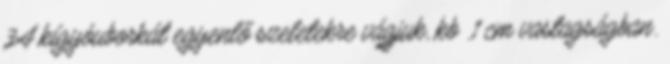
3A kígyóuborkát egyenlő szeletekre vágjuk, kb .1 cm vastagságban.